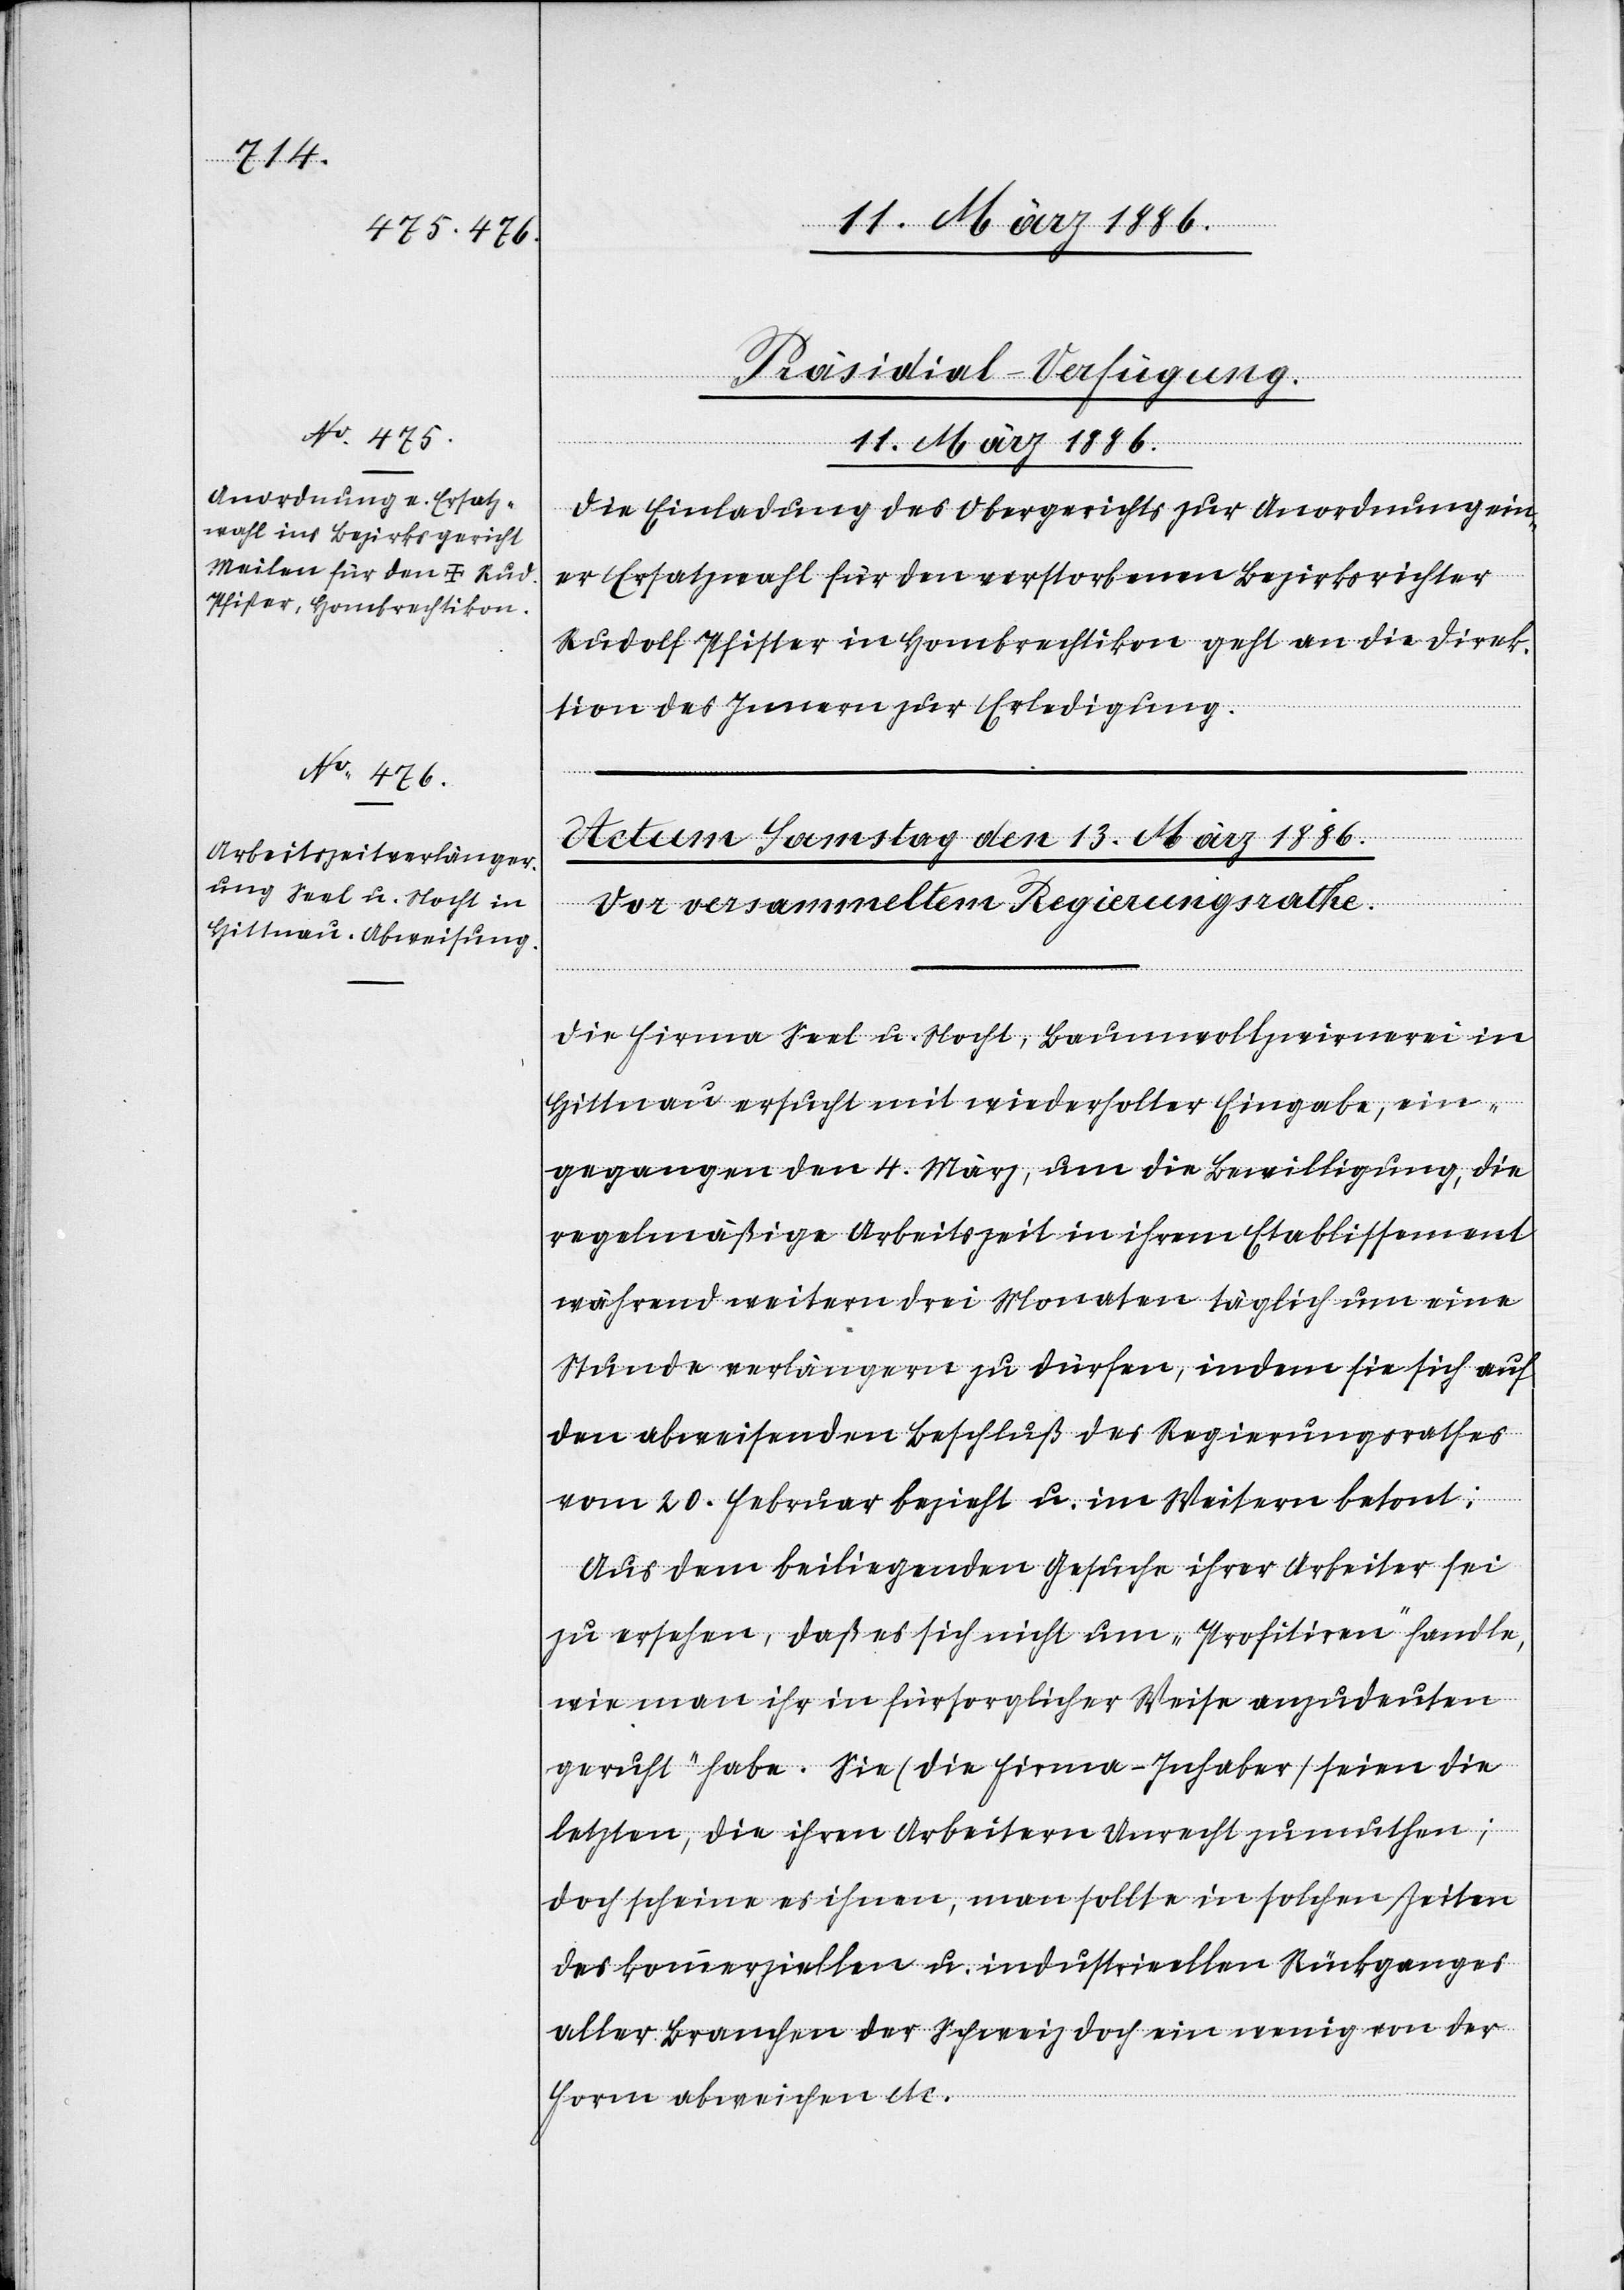
11. März 1886.
Präsidial-Verfügung.
Die Einladung des Obergerichts zur Anordnung ein¬
er Ersatzwahl für den verstorbenen Bezirksrichter
Rudolf Pfister in Hombrechtikon geht an die Direk¬
tion des Innern zur Erledigung.
Die Firma Seel u. Nocht, Baumwollzwirnerei in
Hittnau ersucht mit wiederholter Eingabe, ein¬
gegangen den 4. März, um die Bewilligung, die
regelmäßige Arbeitszeit in ihrem Etablissement
während weitern drei Monaten täglich um eine
Stunde verlängern zu dürfen, indem sie sich auf
den abweisenden Beschluß des Regierungsrathes
vom 20. Februar bezieht u. im Weitern betont:
Aus dem beiliegenden Gesuche ihrer Arbeiter sei
zu ersehen, daß es sich nicht um „Profitiren“ handle,
wie man ihr in fürsorglicher Weise anzudeuten
geruft [sic!] habe. Sie (die Firma-Inhaber) seien die
letzten, die ihren Arbeitern Unrecht zumuthen;
doch scheine es ihnen, man sollte in solchen Zeiten
des kommerziellen u. industriellen Rückganges
aller Branchen der Schweiz doch ein wenig von der
Form abweichen etc.